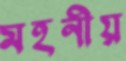
মহনীয়